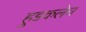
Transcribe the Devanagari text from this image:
हुडकलेच